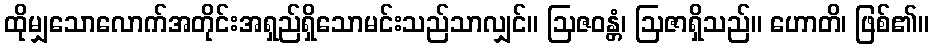
ထိုမျှသောလောက်အတိုင်းအရှည်ရှိသောမင်းသည်သာလျှင်။ ဩဇဝန္တံ၊ ဩဇာရှိသည်။ ဟောတိ၊ ဖြစ်၏။